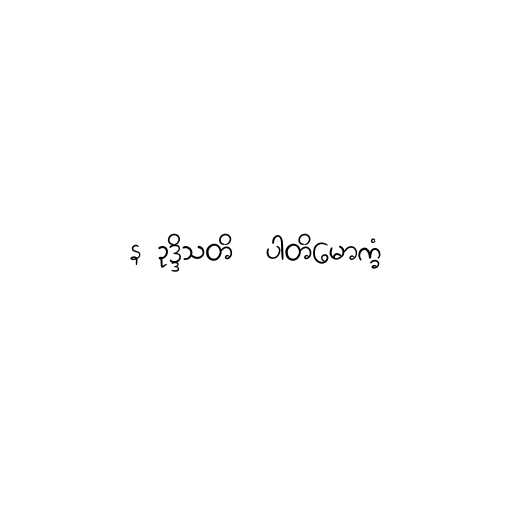
န ဥဒ္ဒိသတိ  ပါတိမောက္ခံ